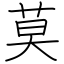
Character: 莫